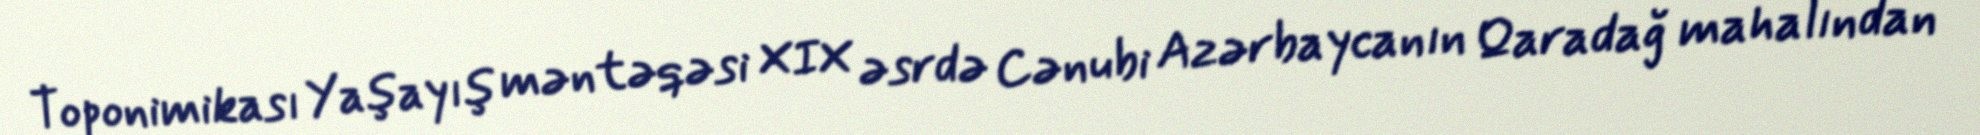
Toponimikası Yaşayış məntəqəsi XIX əsrdə Cənubi Azərbaycanın Qaradağ mahalından